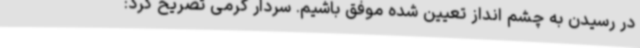
در رسیدن به چشم انداز تعیین شده موفق باشیم. سردار کرمی تصریح کرد: